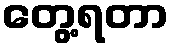
တွေ့ရတာ